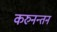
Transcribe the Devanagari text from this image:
करुनन्तन